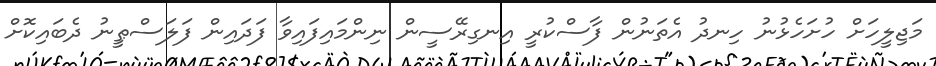
މަޖިލީހަށް ހުށަހެޅުނު ހިނދު އެތަނުން ފާސްކުރީ އިނގިރޭސީން ނިންމައިފައިވާ ފަދައިން ފަލަސްޠީނު ދެބައިކޮށް